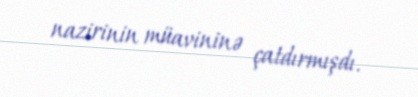
nazirinin müavininə çatdırmışdı.